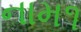
નામ૧